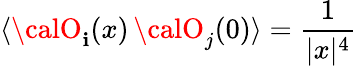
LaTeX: \langle{\calO}_{\mathbf{i}}(x)\, {\calO}_{j}(0)\rangle={\frac{{1}}{{|x|^{4}}}}